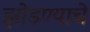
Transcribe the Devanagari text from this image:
झोडण्याचे